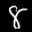
Label: 8